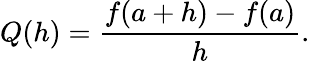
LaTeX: Q(h)={\frac{f(a+h)-f(a)}{h}}.